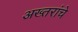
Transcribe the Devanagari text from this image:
अख्तरांचे